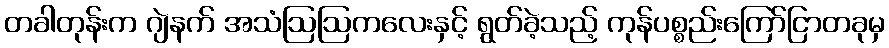
တခါတုန်းက ဂျဲနက် အသံဩဩကလေးနှင့် ရွတ်ခဲ့သည့် ကုန်ပစ္စည်းကြော်ငြာတခုမှ